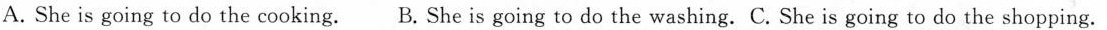
A. She is going to do the cooking. B. She is going to do the washing. C. She is going to do the shopping.